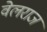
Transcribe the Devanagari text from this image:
वेलराज